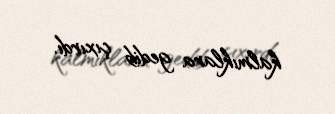
kalmıklara gedib çıxırdı.